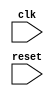
module spi_timing_control (
    input wire clk,
    input wire reset,
    
    // other input and output signals
    
);
    
    // Verilog code for timing control and synchronization blocks
    // Add appropriate code here
    
endmodule